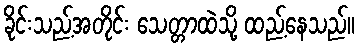
ခိုင်းသည့်အတိုင်း သေတ္တာထဲသို့ ထည့်နေသည်။